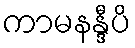
ကာမနန္ဒီပိ